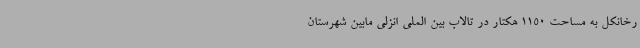
رخانکل به مساحت 1150 هکتار در تالاب بین الملی انزلی مابین شهرستان